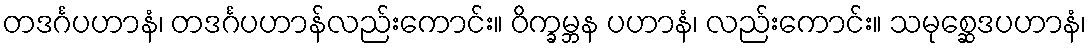
တဒင်္ဂပဟာနံ၊ တဒင်္ဂပဟာန်လည်းကောင်း။ ဝိက္ခမ္ဘန ပဟာနံ၊ လည်းကောင်း။ သမုစ္ဆေဒပဟာနံ၊